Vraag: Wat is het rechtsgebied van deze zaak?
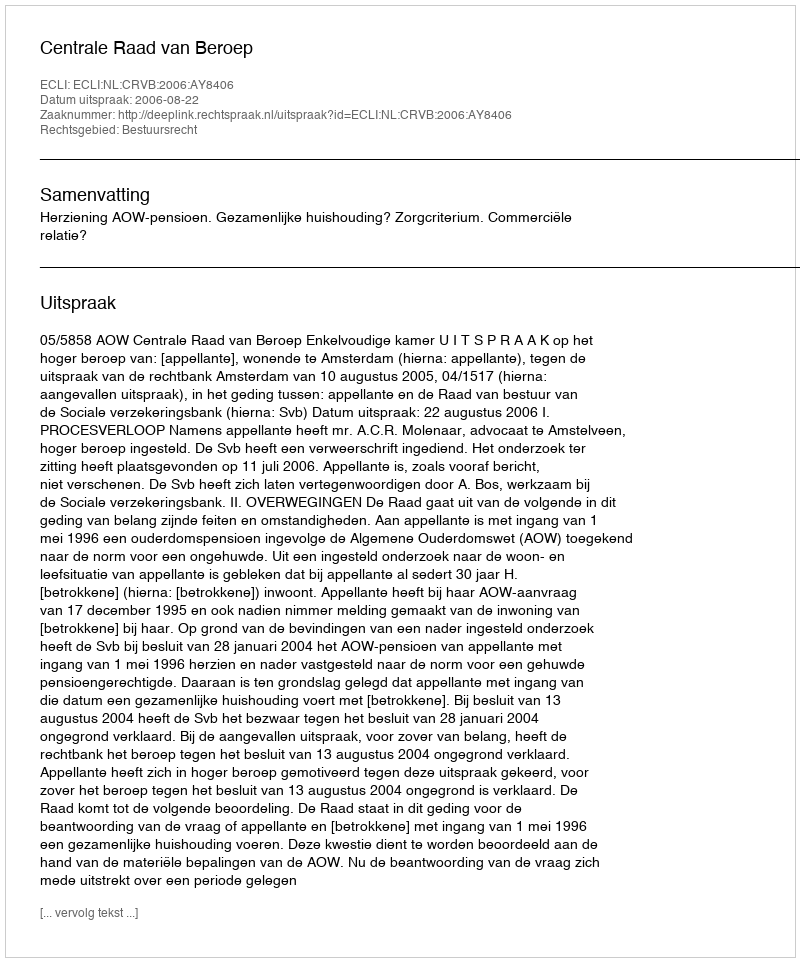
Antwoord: Bestuursrecht